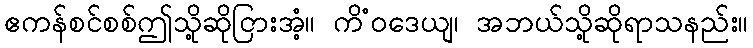
ဧကန်စင်စစ်ဤသို့ဆိုငြားအံ့။ ကိံဝဒေယျ၊ အဘယ်သို့ဆိုရာသနည်း။